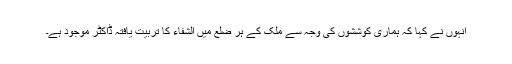
انہوں نے کہا کہ ہماری کوششوں کی وجہ سے ملک کے ہر ضلع میں الشفاء کا تربیت یافتہ ڈاکٹر موجود ہے۔